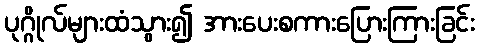
ပုဂ္ဂိုလ်များထံသွား၍ အားပေးစကားပြေားကြားခြင်း